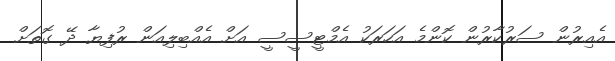
އެއިރުން ސަރުކާރުން ކޮންމެ އަހަރަކު އެމްޓީސީސީ އަށް އެއްބިލިއަން ރުފިޔާ ދޭ ގޮތަށް